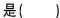
是( )